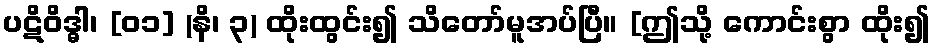
ပဋိဝိဒ္ဓါ၊ [၀၁] (နိ၊ ၃) ထိုးထွင်း၍ သိတော်မူအပ်ပြီ။ [ဤသို့ ကောင်းစွာ ထိုး၍